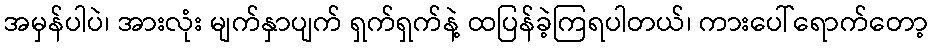
အမှန်ပါပဲ၊ အားလုံး မျက်နှာပျက် ရှက်ရှက်နဲ့ ထပြန်ခဲ့ကြရပါတယ်၊ ကားပေါ်ရောက်တော့